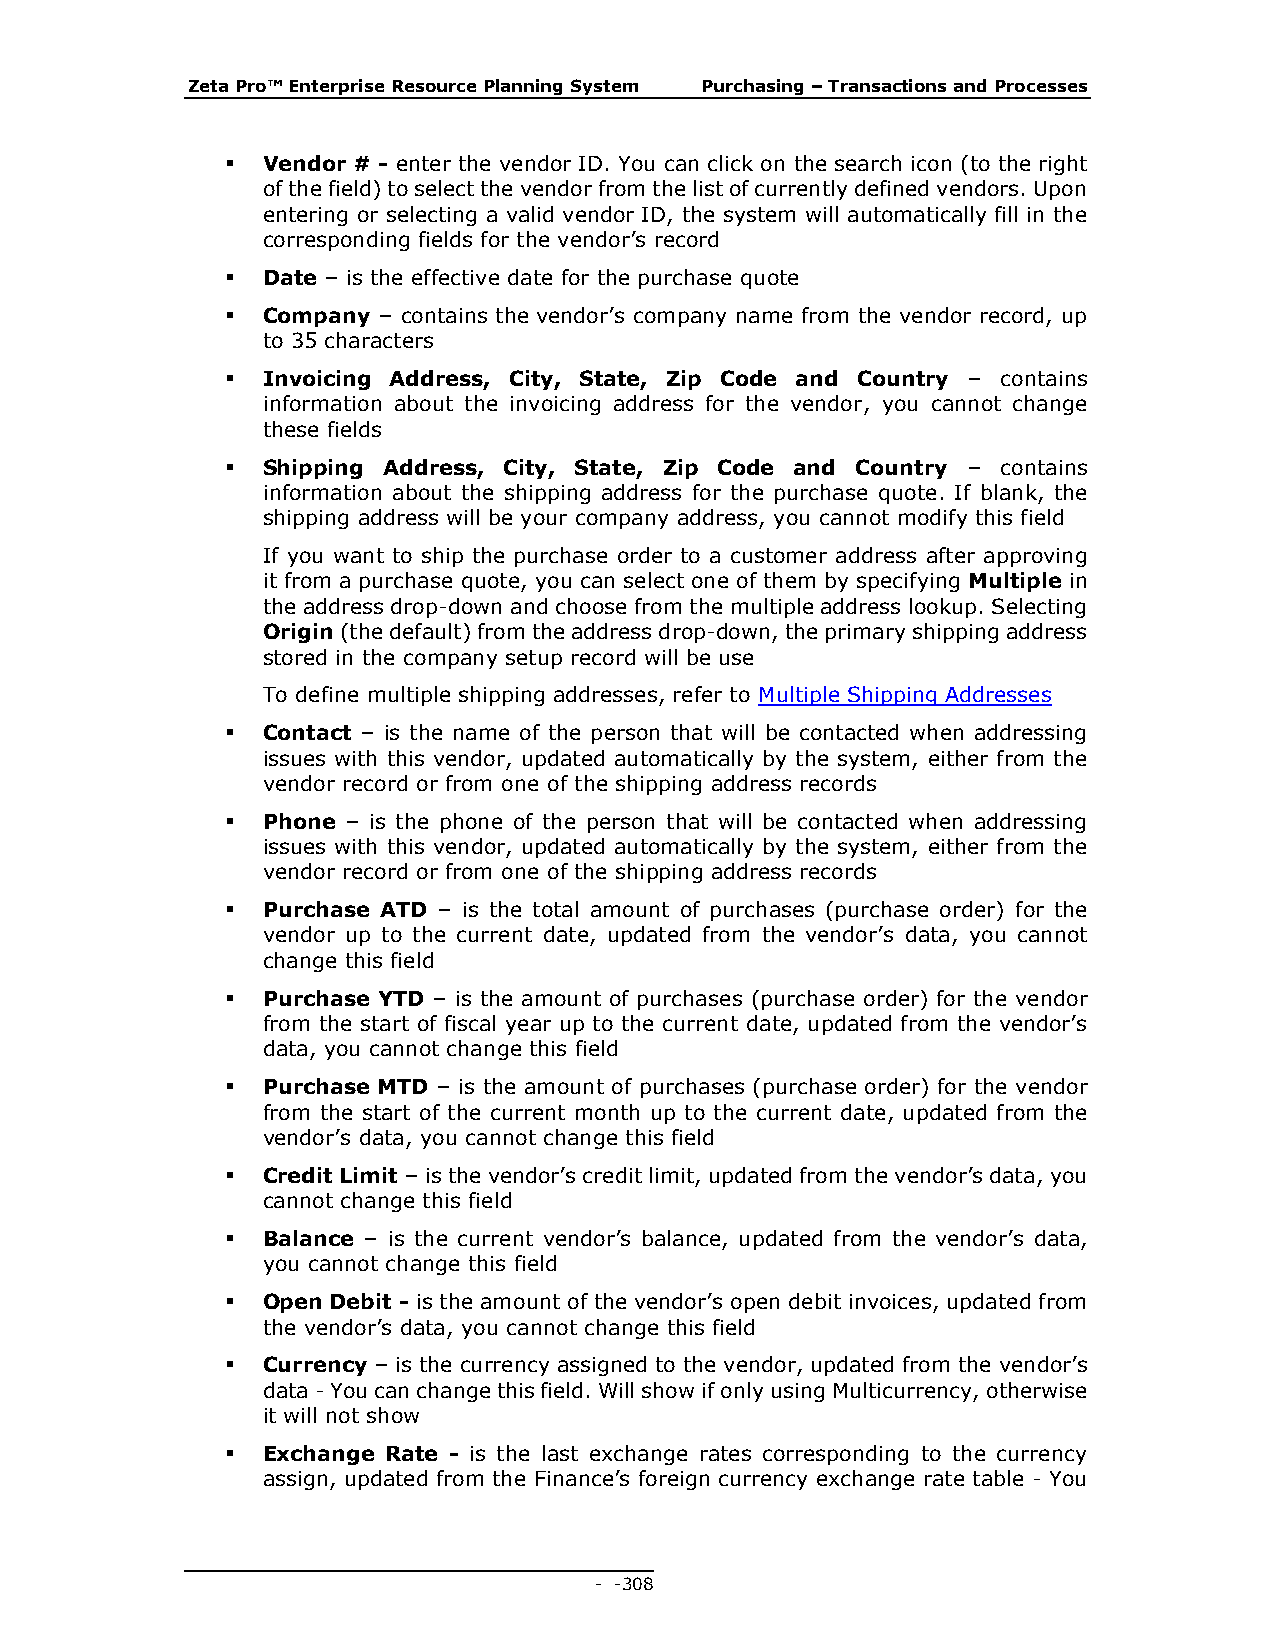
Zeta Pro™ Enterprise Resource Planning System Purchasing – Transactions and Processes
  Vendor # - enter the vendor ID. You can click on the search icon (to the right
 of the field) to select the vendor from the list of currently defined vendors. Upon
 entering or selecting a valid vendor ID, the system will automatically fill in the
 corresponding fields for the vendor’s record
  Date – is the effective date for the purchase quote
  Company – contains the vendor’s company name from the vendor record, up
 to 35 characters
  Invoicing Address, City, State, Zip Code and Country – contains
 information about the invoicing address for the vendor, you cannot change
 these fields
  Shipping Address, City, State, Zip Code and Country – contains
 information about the shipping address for the purchase quote. If blank, the
 shipping address will be your company address, you cannot modify this field
 If you want to ship the purchase order to a customer address after approving
 it from a purchase quote, you can select one of them by specifying Multiple in
 the address drop-down and choose from the multiple address lookup. Selecting
 Origin (the default) from the address drop-down, the primary shipping address
 stored in the company setup record will be use
 To define multiple shipping addresses, refer to Multiple Shipping Addresses
  Contact – is the name of the person that will be contacted when addressing
 issues with this vendor, updated automatically by the system, either from the
 vendor record or from one of the shipping address records
  Phone – is the phone of the person that will be contacted when addressing
 issues with this vendor, updated automatically by the system, either from the
 vendor record or from one of the shipping address records
  Purchase ATD – is the total amount of purchases (purchase order) for the
 vendor up to the current date, updated from the vendor’s data, you cannot
 change this field
  Purchase YTD – is the amount of purchases (purchase order) for the vendor
 from the start of fiscal year up to the current date, updated from the vendor’s
 data, you cannot change this field
  Purchase MTD – is the amount of purchases (purchase order) for the vendor
 from the start of the current month up to the current date, updated from the
 vendor’s data, you cannot change this field
  Credit Limit – is the vendor’s credit limit, updated from the vendor’s data, you
 cannot change this field
  Balance – is the current vendor’s balance, updated from the vendor’s data,
 you cannot change this field
  Open Debit - is the amount of the vendor’s open debit invoices, updated from
 the vendor’s data, you cannot change this field
  Currency – is the currency assigned to the vendor, updated from the vendor’s
 data - You can change this field. Will show if only using Multicurrency, otherwise
 it will not show
  Exchange Rate - is the last exchange rates corresponding to the currency
 assign, updated from the Finance’s foreign currency exchange rate table - You
 - - 308